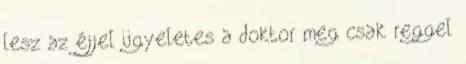
lesz az éjjel ügyeletes a doktor meg csak reggel